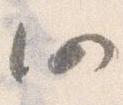
仍